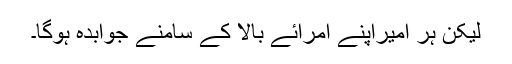
لیکن ہر امیراپنے امرائے بالا کے سامنے جوابدہ ہوگا۔